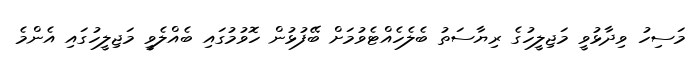
މަސިހު ވިދާޅުވީ މަޖިލީހުގެ ރިޔާސަތު ބެލެހެއްޓެވުމަށް ބޭފުޅުން ހޮވުމުގައި ބެއްލެވީ މަޖިލީހުގައި އެންމެ